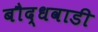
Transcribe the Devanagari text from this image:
बौद्धवाडी